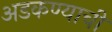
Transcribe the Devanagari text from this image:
अडकण्याची